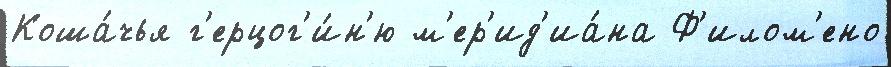
Коша́чья г'ерцог'и́н'ю м'ер'ид'иа́на Ф'илом'ено